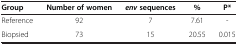
<table><thead><tr><td><b>Group</b></td><td><b>Number of women</b></td><td><b><i>env </i>sequences</b></td><td><b>%</b></td><td><b>P*</b></td></tr></thead><tbody><tr><td>Reference</td><td>92</td><td>7</td><td>7.61</td><td>-</td></tr><tr><td>Biopsied</td><td>73</td><td>15</td><td>20.55</td><td>0.015</td></tr></tbody></table>